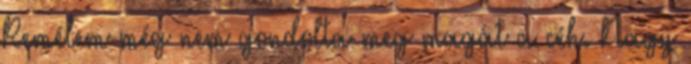
Remélem még nem gondolta meg magát a céh. Nagy